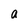
Character: a